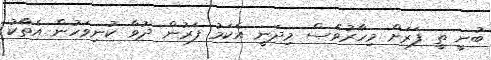
ބުނީ ތީ ފަރަށް މިހާރުވެސް މިދަނީ އެކަމު ފަރުން ދުވާ ކުނިވަހުން އެތާކު